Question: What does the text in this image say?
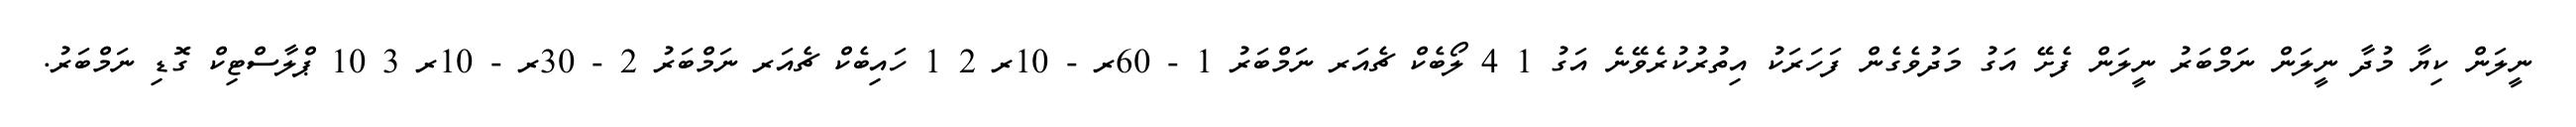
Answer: ނީލަން ކިޔާ މުދާ ނީލަން ނަމްބަރު ނީލަން ފެށޭ އަގު މަދުވެގެން ފަހަރަކު އިތުރުކުރެވޭނެ އަގު 1 4 ލޯބެކް ޗެއަރ ނަމްބަރު 1 - 60ރ - 10ރ 2 1 ހައިބެކް ޗެއަރ ނަމްބަރު 2 - 30ރ - 10ރ 3 10 ޕްލާސްޓިކް ގޮޑި ނަމްބަރު.